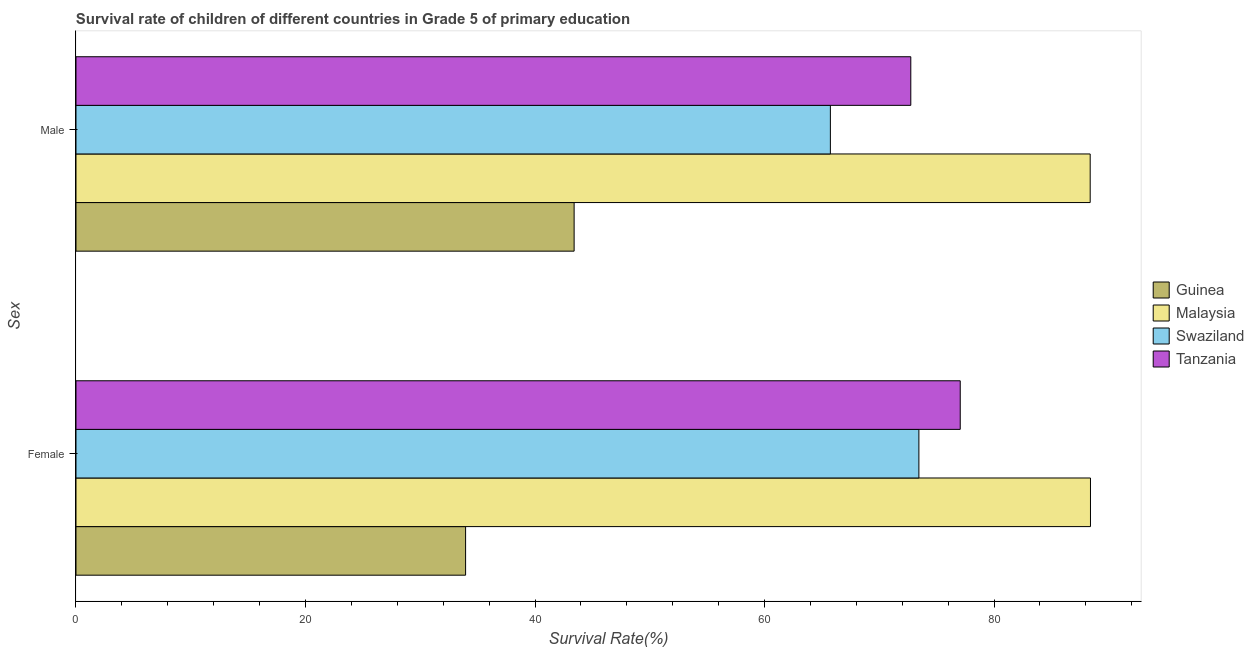
| Sex | Guinea | Malaysia | Swaziland | Tanzania |
 | --- | --- | --- | --- | --- |
 | Female | 34 | 88.4 | 73.5 | 77.1 |
 | Male | 43.4 | 88.4 | 65.7 | 72.7 |